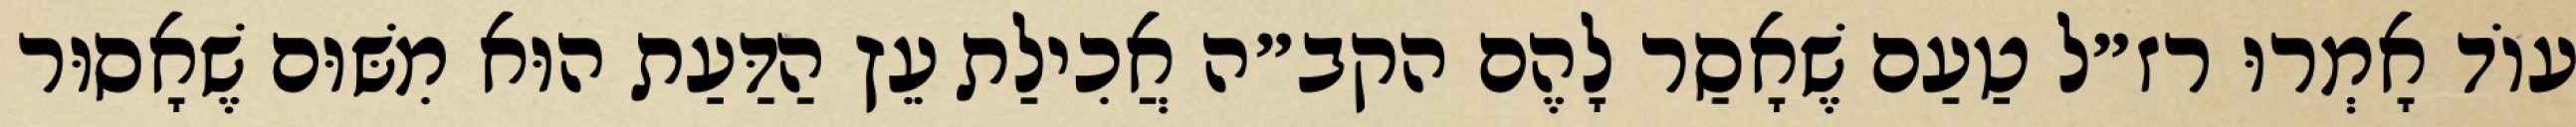
עוֹד אָמְרוּ רז״ל טַעַם שֶׁאָסַר לָהֶם הקב״ה אֲכִילַת עֵץ הַדַּעַת הוּא מִשּׁוּם שֶׁאָסוּר